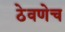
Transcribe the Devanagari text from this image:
ठेवणेच